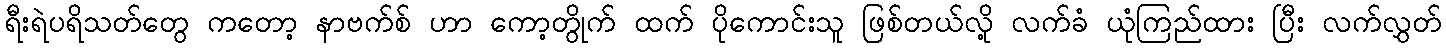
ရီးရဲပရိသတ်တွေ ကတော့ နာဗက်စ် ဟာ ကော့တွိုက် ထက် ပိုကောင်းသူ ဖြစ်တယ်လို့ လက်ခံ ယုံကြည်ထား ပြီး လက်လွှတ်